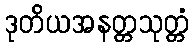
ဒုတိယအနတ္တသုတ္တံ